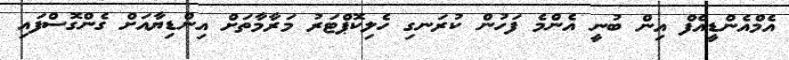
އެމްއެންޑީއެފް އިން ބުނީ އެންމެ ފަހުން ކުރަނގި ހެލިކޮޕްޓަރު މަރާމާތަށް އިންޑިޔާއަށް ގެންގޮސްފައި